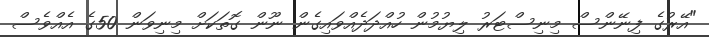
"އޭރުގެ ފިނޭންސް މިނިސްޓަރު ލިޔުމުން ހުއްދަދެއްވައިގެން ނޫން ގޮތަކަށް މިނިވަން 50ގެ އެއްވެސް